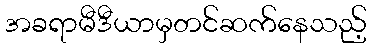
အခရာမီဒီယာမှတင်ဆက်နေသည့်